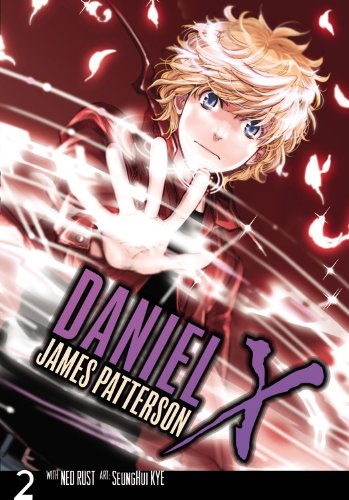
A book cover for Daniel X: The Manga, Vol. 2; James Patterson; Comics & Graphic Novels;